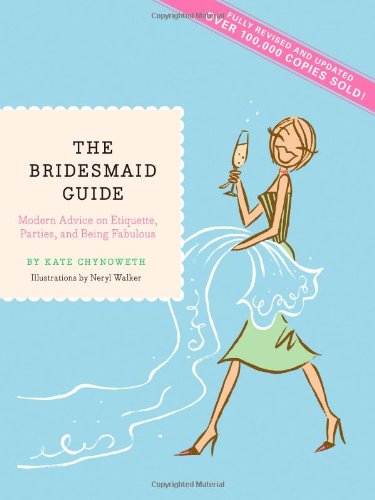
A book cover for The Bridesmaid Guide: Modern Advice on Etiquette, Parties, and Being Fabulous; Kate Chynoweth; Crafts, Hobbies & Home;